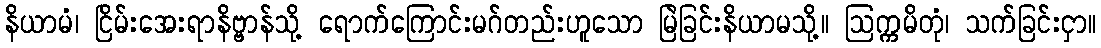
နိယာမံ၊ ငြိမ်းအေးရာနိဗ္ဗာန်သို့ ရောက်ကြောင်းမဂ်တည်းဟူသော မြဲခြင်းနိယာမသို့။ ဩက္ကမိတုံ၊ သက်ခြင်းငှာ။